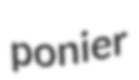
ponier